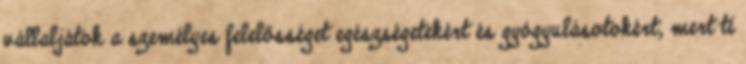
vállaljátok a személyes felelősséget egészségetekért és gyógyulásotokért, mert ti